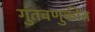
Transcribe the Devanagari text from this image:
गुंतवणुकीत